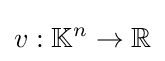
v:\mathbb {K} ^{n}\to \mathbb {R}